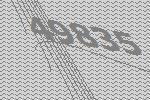
49835